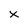
Character: x